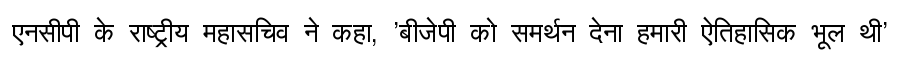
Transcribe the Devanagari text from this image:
एनसीपी के राष्ट्रीय महासचिव ने कहा, 'बीजेपी को समर्थन देना हमारी ऐतिहासिक भूल थी'